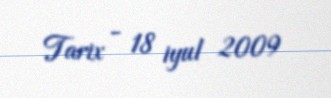
Tarix - 18 iyul 2009